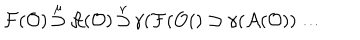
{ \cal F } ( { \cal O } ) \mathop { \supset } ^ { \mu } { \cal A } ( { \cal O } ) \mathop { \supset } ^ { \nu } \gamma ( { \cal F } ( { \cal O } ( ) \supset \gamma ( { \cal A } ( { \cal O } ) ) \dots